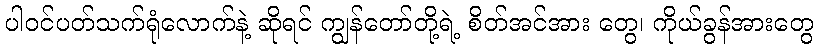
ပါဝင်ပတ်သက်ရုံလောက်နဲ့ ဆိုရင် ကျွန်တော်တို့ရဲ့ စိတ်အင်အား တွေ၊ ကိုယ်ခွန်အားတွေ